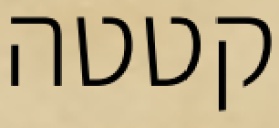
קטטה